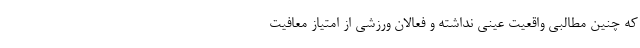
که چنین مطالبی واقعیت عینی نداشته و فعالان ورزشی از امتیاز معافیت